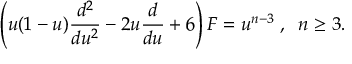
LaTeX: \left( u ( 1 - u ) \frac { d ^ { 2 } } { d u ^ { 2 } } - 2 u \frac { d } { d u } + 6 \right) F = u ^ { n - 3 } \; , \; \; n \geq 3 .